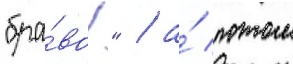
"бра́во!" / а́ потом